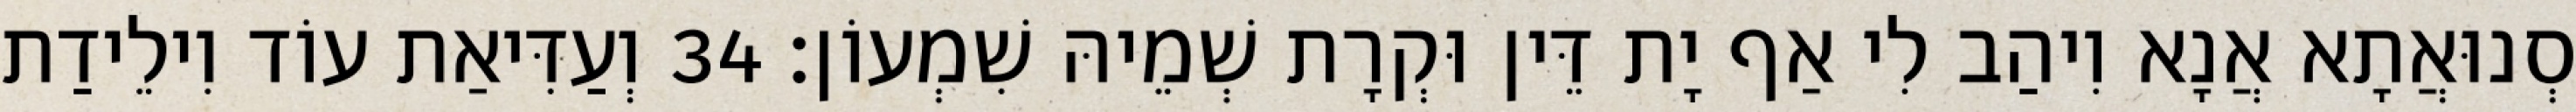
סְנוּאֲתָא אֲנָא וִיהַב לִי אַף יָת דֵּין וּקְרָת שְׁמֵיהּ שִׁמְעוֹן׃ 34 וְעַדִּיאַת עוֹד וִילֵידַת